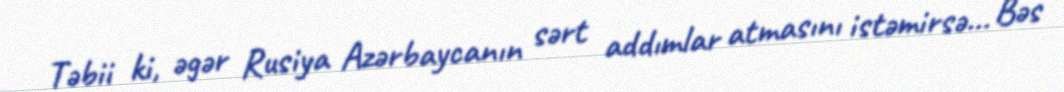
Təbii ki, əgər Rusiya Azərbaycanın sərt addımlar atmasını istəmirsə... Bəs